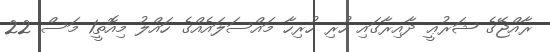
ރާއްޖޭގެ ޝަރުޢީ ދާއިރާގައި ހުރި ހުރިހާ މައްސަލައެއްގެ ހައްލު މިއޮތީ1 މަސް 22